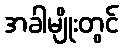
အခါမျိုးတွင်